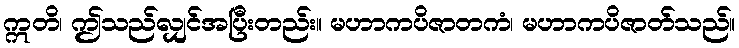
ဣတိ၊ ဤသည်လျှင်အပြီးတည်း။ မဟာကပိဇာတကံ၊ မဟာကပိဇာတ်သည်။